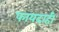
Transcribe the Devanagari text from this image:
फायदाही